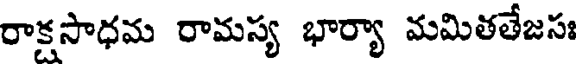
రాక్షసాధమ రామస్య భార్యా మమితతేజసః